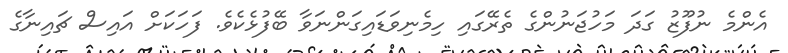
އެންމެ ނުފޫޒު ގަދަ މަހުޖަނުންގެ ތެރޭގައި ހިމެނިވަޑައިގަންނަވާ ބޭފުޅެކެވެ. ފަހަކަށް އައިސް ޗައިނާގެ